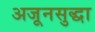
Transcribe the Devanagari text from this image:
अजूनसुद्धा